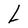
Character: L